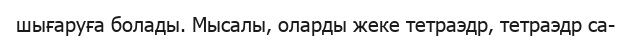
шығаруға болады. Мысалы, оларды жеке тетраэдр, тетраэдр са-